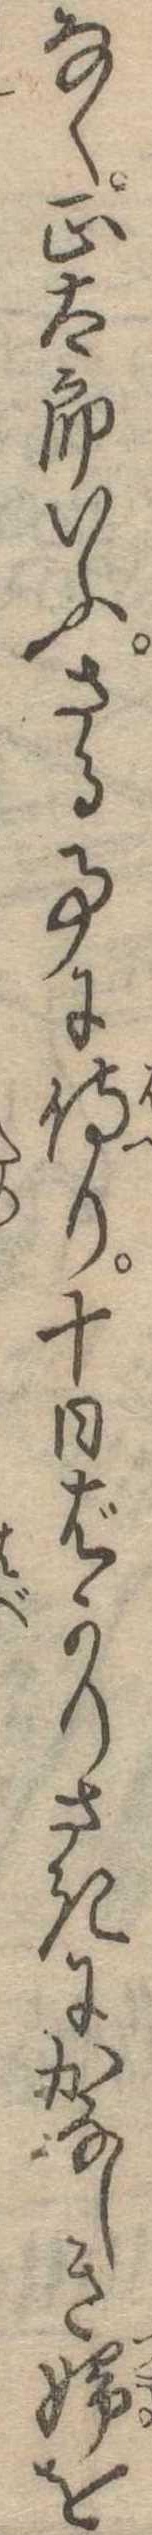
なく正太郎いふさる事に侍り十日ばかりさきにかなしき婦を